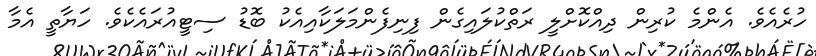
ހުރެއެވެ. އެންމެ ކުރިން ދިއްކޮށްލީ ރަތްކުލައިގެން ފިނިފެންމަލަކާއިއެކު ބޮޑު ސިޓީއުރައެކެވެ. ހަޔާތީ އެމާ